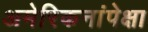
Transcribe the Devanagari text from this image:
अमेरिकनांपेक्षा